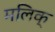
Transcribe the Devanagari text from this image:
मलिक्